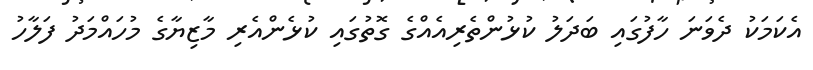
އެކަމަކު ދެވަނަ ހާފުގައި ބަދަލު ކުޅުންތެރިއެއްގެ ގޮތުގައި ކުޅެންއެރި މާޒިޔާގެ މުހައްމަދު ފަލާހު